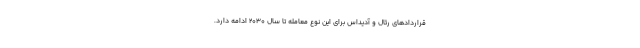
قراردادهای رئال و آدیداس برای این نوع معامله تا سال 2030 ادامه دارد.